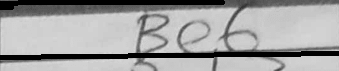
Transcription: Be6